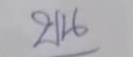
บน